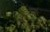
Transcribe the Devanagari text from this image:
एवान्ज़ाडोस